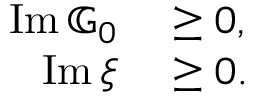
\begin{array} { r l } { \operatorname { I m } \mathbb { G } _ { 0 } } & { { } \geq 0 , } \\ { \operatorname { I m } \xi } & { { } \geq 0 . } \end{array}